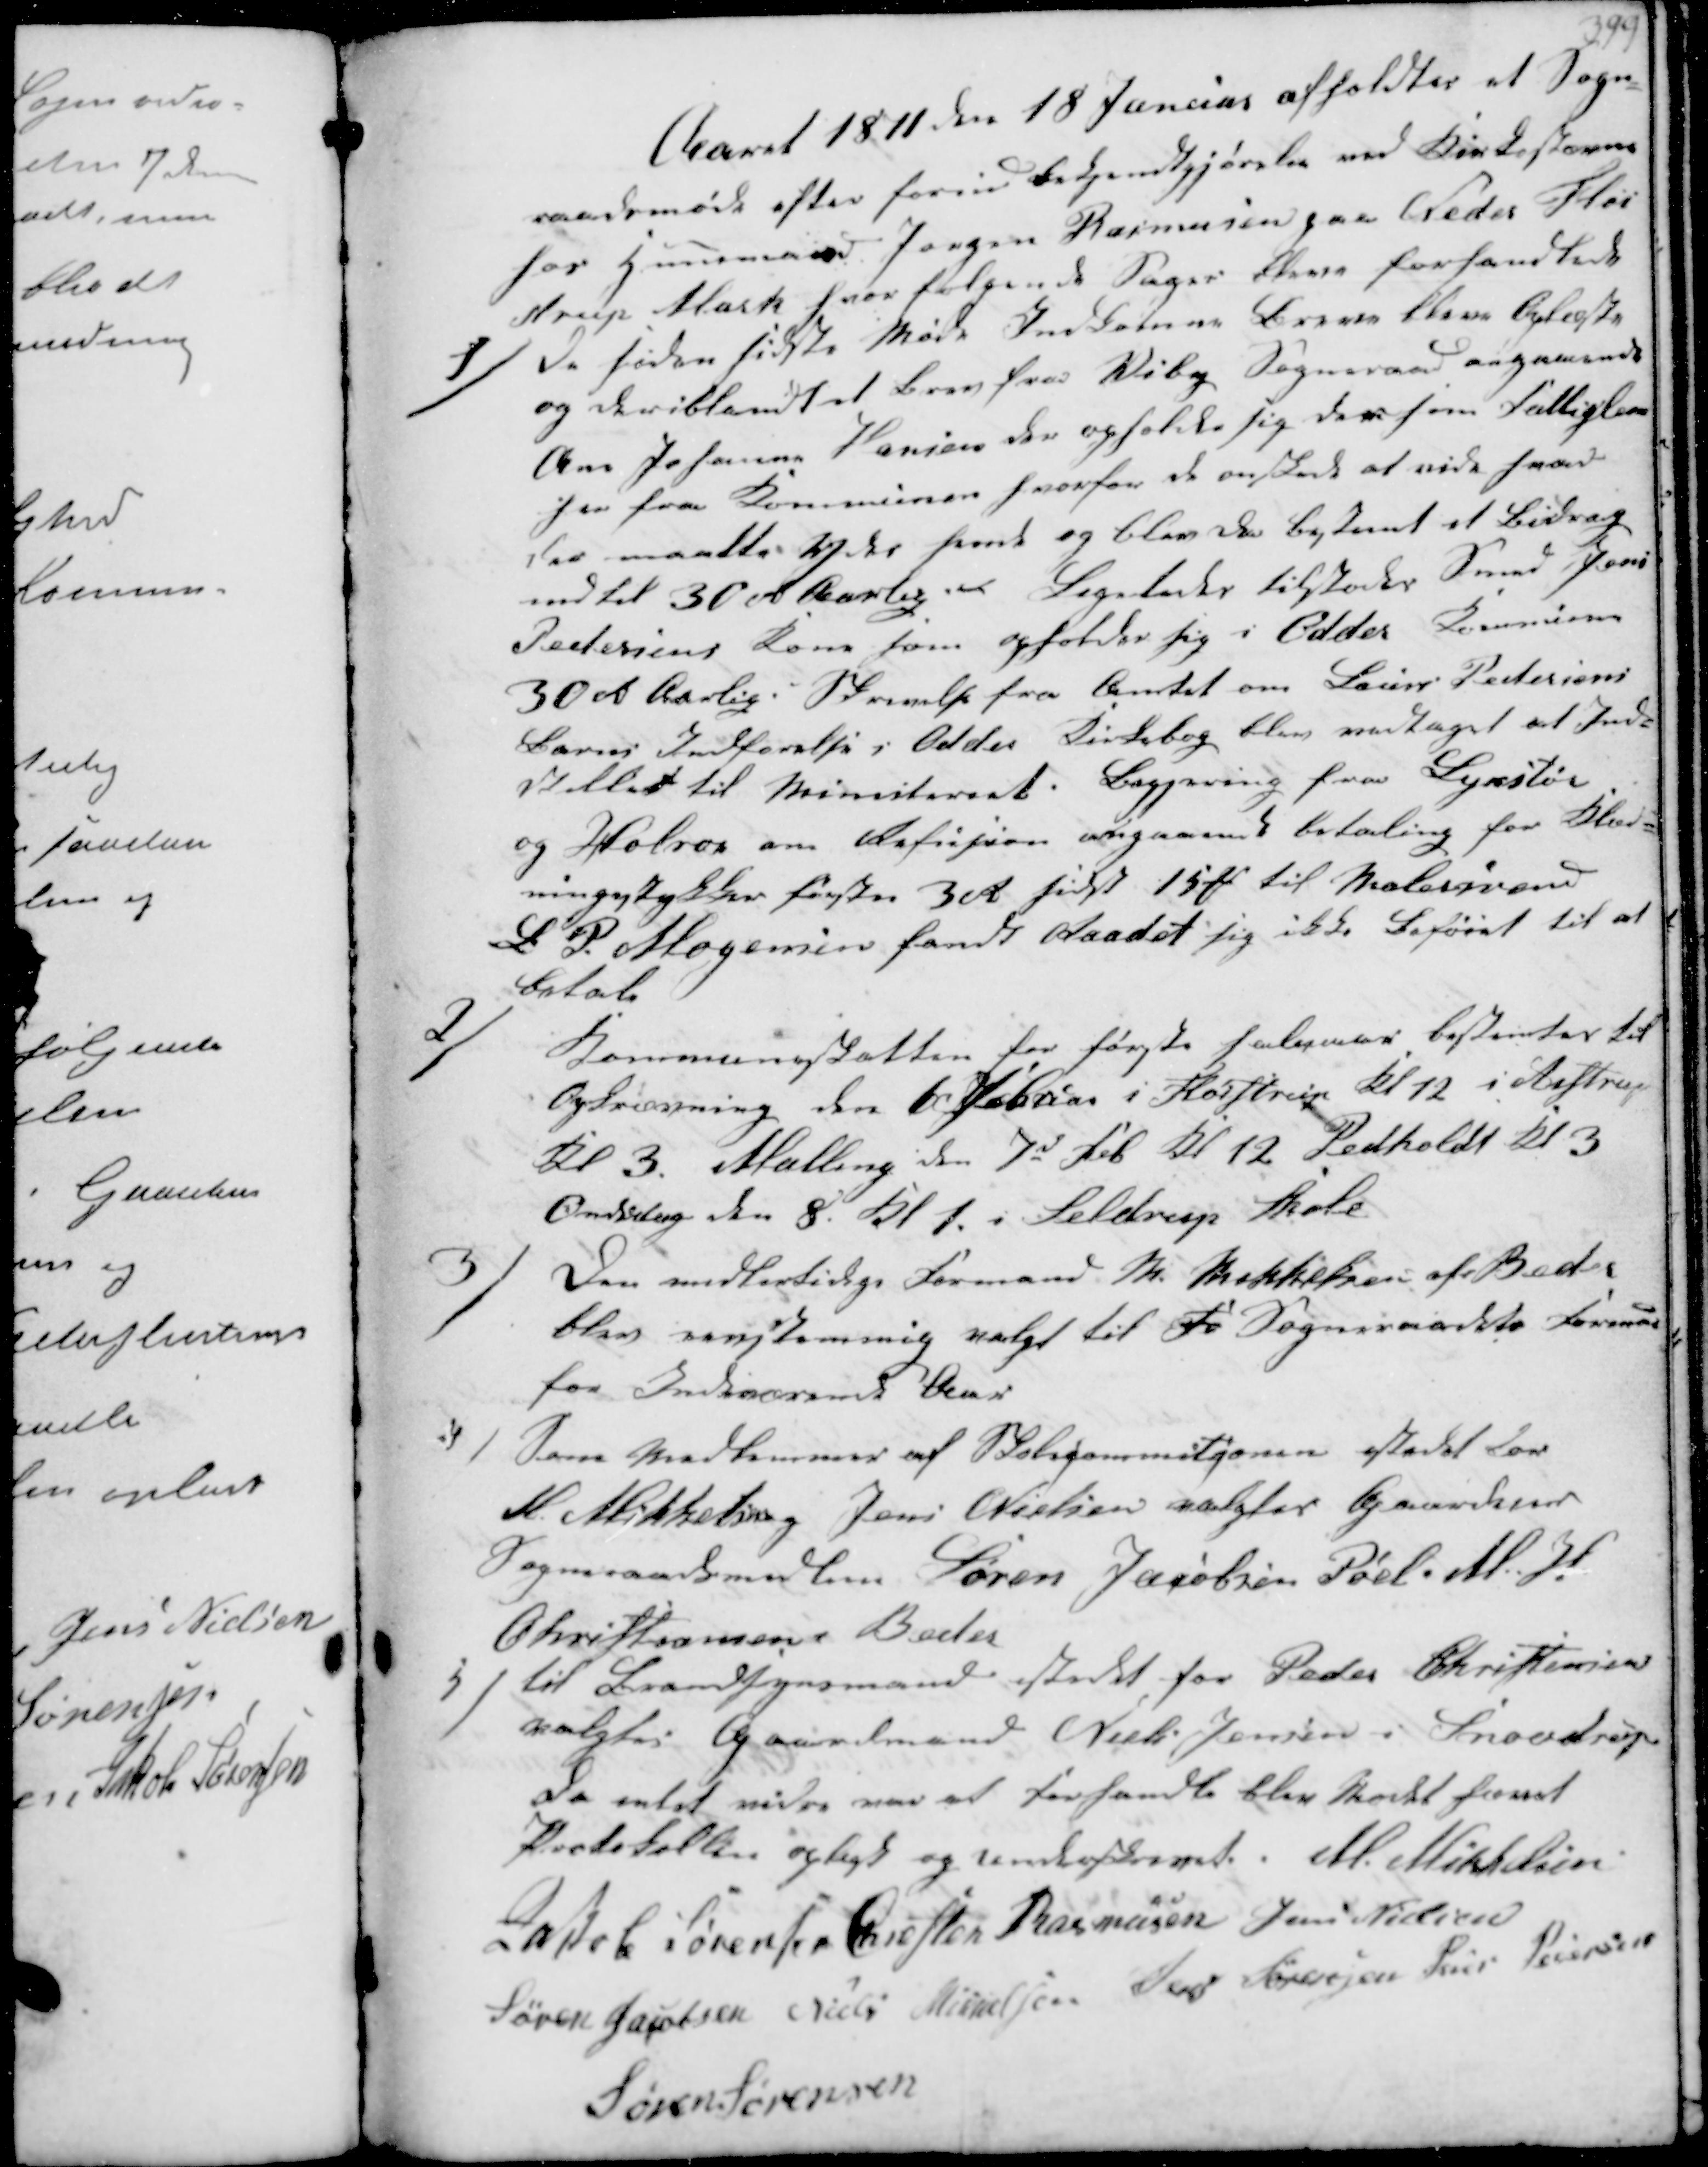
Transskription:
Aaret 1871 den 18 Januar afholdtes et Sogn-
raadsmøde efter forud Bekjendtgjørelse ved Kirkestævne
hos Huusmand Jørgen Rasmussen paa Neder Fløi-
strup Mark hvor følgende Sager bleve forhandlede
1/
de siden sidste Møde Indkomne Breve bleve oplæste
og deriblandt et Brev fra Viby Sogneraad angaaende
Ane Johanne Hansen der opholde sig der som Fattiglem
her fra Kommunen hvorfor de ønskede at vide hvad
der maatte ydes hende og blev da bestemt et Bidrag
indtil 30 rd Aarlig. Ligeledes tilstodes Smed Jens
Pedersens Kone som opholder sig i Odder Kommune
30 rd Aarlig. Skrivelse fra Amtet om Laurs Pedersens
Barns Indførelse i Odder Kirkebog blev vedtaget at Ind-
stilles til Ministeriet. Begjæring fra Lyvstør
og Hobro om Refusion angaaende betaling for Klæd-
ningsstykker første 3 R sidst 15₻ til Malersvend 
P. Mogensen fandt Raadet sig ikke beføiet til at
betale

2/
Kommuneskatten for første halvaar bestemtes til
Opkrævning den 6te Februar i Fløistrup Kl 12 i Aistrup
Kl 3 Malling den 7de Feb. Kl 12 Pedholdt Kl 3 
Onsdag den 8. Kl. 1 i Seldrup Skole

3/
den midlertidige Formand. M. Mikkelsen af Beder
blev eenstemmig valgt til Fo Sogneraadets Formand
for Indeværende Aar

4/
Som Medlemmer af Skolekommisionen istedet for
M. Mikkelsen Jens Nielsen valgtes Gaardeier
Sogneraadsmedlem Søren Jacobsen Pøel. M H 
Christiansen i Beder

5/
til Brandsynsmand istedet for Peder Christensen
valgtes Gaardmand Niels Jensen i Snovdrup
Da intet videre var at forhandle blev Mødet hævet
Protokollen oplagt og underskrevet. M. Mikkelsen
Jakob Sørensen Chresten Rasmussen Jens Nielsen
Søren Jacobsen Niels Mikkelsen Jens Sørensen Jens Pedersen
Søren Sørensen